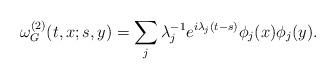
LaTeX: \begin{align*}\omega^{(2)}_{G}(t,x;s,y)=\sum_j \lambda_j^{-1} e^{i\lambda_j(t-s)}\phi_j(x)\phi_j(y).\end{align*}